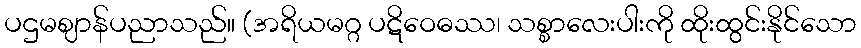
ပဌမဈာန်ပညာသည်။ (အရိယမဂ္ဂ ပဋိဝေဓဿ၊ သစ္စာလေးပါးကို ထိုးထွင်းနိုင်သော